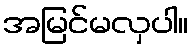
အမြင်မလှပါ။